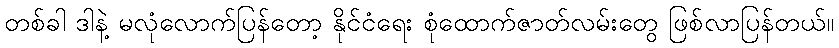
တစ်ခါ ဒါနဲ့ မလုံလောက်ပြန်တော့ နိုင်ငံရေး စုံထောက်ဇာတ်လမ်းတွေ ဖြစ်လာပြန်တယ်။